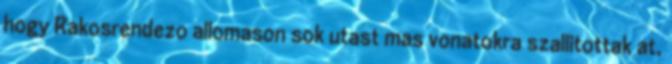
hogy Rakosrendezo allomason sok utast mas vonatokra szallitottak at,